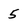
Character: 5